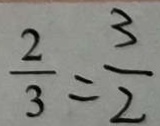
\frac { 2 } { 3 } = \frac { 3 } { 2 }